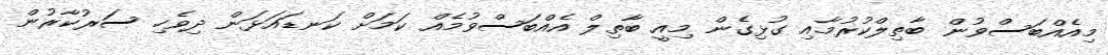
މިއެއްބަސްވުން ބާތިލްކުރުމާއި ގުޅިގެން މިއީ ބާތިލް އެއްބަސްވުމެއް ކަމަށް ކަނޑައަޅަން ދިވެހި ސަރުކާރުން